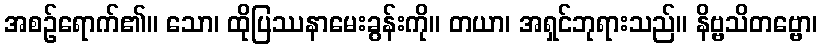
အစဉ်ရောက်၏။ သော၊ ထိုပြဿနာမေးခွန်းကို။ တယာ၊ အရှင်ဘုရားသည်။ နိဗ္ဗသိတဗ္ဗော၊